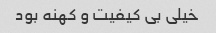
خیلی بی کیفیت و کهنه بود